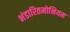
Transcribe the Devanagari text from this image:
भंडारितमोनियम